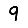
Digit: 9